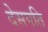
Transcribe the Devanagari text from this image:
देसपति